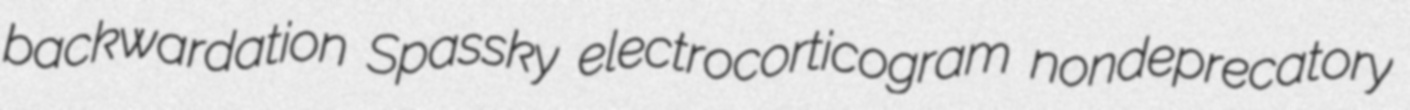
backwardation Spassky electrocorticogram nondeprecatory